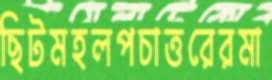
ছিটমহলপচাত্তরেরমা